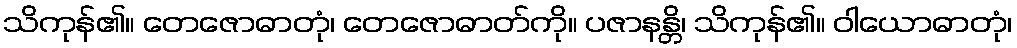
သိကုန်၏။ တေဇောဓာတုံ၊ တေဇောဓာတ်ကို။ ပဇာနန္တိ၊ သိကုန်၏။ ဝါယောဓာတုံ၊